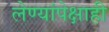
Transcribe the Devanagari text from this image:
लेण्यांपेक्षाही